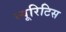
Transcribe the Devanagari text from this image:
न्यूरिटिस